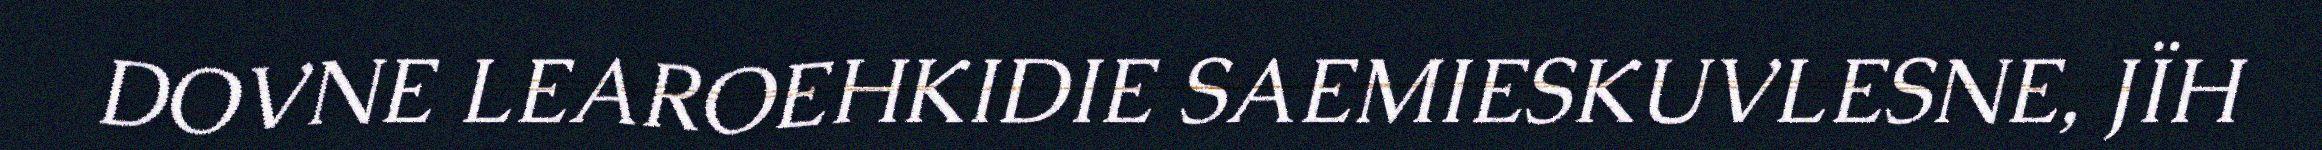
DOVNE LEAROEHKIDIE SAEMIESKUVLESNE, JÏH